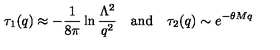
\tau _ { 1 } ( q ) \approx - \frac { 1 } { 8 \pi } \ln \frac { \Lambda ^ { 2 } } { q ^ { 2 } } \quad \mathrm { a n d } \quad \tau _ { 2 } ( q ) \sim e ^ { - \theta M q }